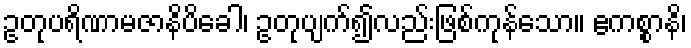
ဥတုပရိဏာမဇာနိပိခေါ၊ ဥတုပျက်၍လည်းဖြစ်ကုန်သော။ ဧကစ္စာနိ၊